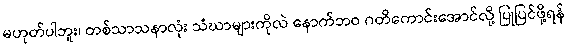
မဟုတ်ပါဘူး၊ တစ်သာသနာလုံး သံဃာများကိုလဲ နောက်ဘဝ ဂတိကောင်းအောင်လို့ ပြုပြင်ဖို့ရန်